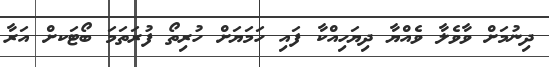
ދިނުމަށް ވާވެލާ ވެއްޔާ ދިޔަހިއްކާ ފައި ހަމަޔަށް ހުރިތޯ ފުރަތަމަ ބޯޓަކށް އަރާ